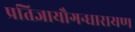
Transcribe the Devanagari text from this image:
प्रतिज्ञायौगन्धारायण